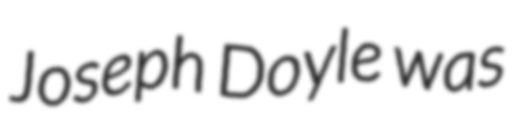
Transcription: Joseph Doyle was